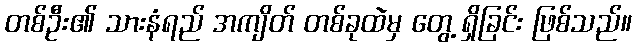
တစ်ဦး၏ သားနံရည် အကျိတ် တစ်ခုထဲမှ တွေ့ ရှိခြင်း ဖြစ်သည်။